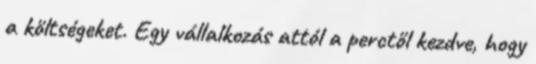
a költségeket. Egy vállalkozás attól a perctől kezdve, hogy